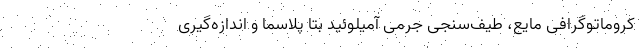
کروماتوگرافی مایع، طیف‌سنجی جرمی آمیلوئید بتا پلاسما و اندازه‌گیری